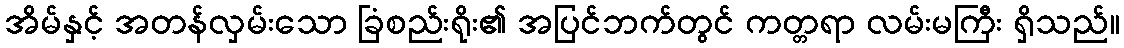
အိမ်နှင့် အတန်လှမ်းသော ခြံစည်းရိုး၏ အပြင်ဘက်တွင် ကတ္တရာ လမ်းမကြီး ရှိသည်။